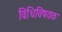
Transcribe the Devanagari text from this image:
विधिविषयक